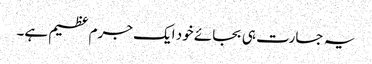
یہ جسارت ہی بجائے خود ایک جرم عظیم ہے۔